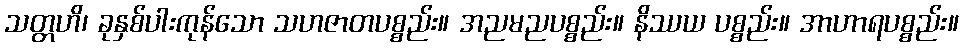
သတ္တဟိ၊ ခုနှစ်ပါးကုန်သော သဟဇာတပစ္စည်း။ အညမညပစ္စည်း။ နိဿယ ပစ္စည်း။ အာဟာရပစ္စည်း။